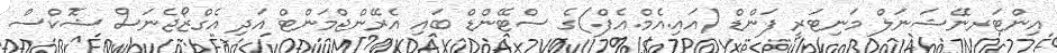
އިންޓަރނޭޝަނަލް މަނިޓަރީ ފަންޑް (އައި.އެމް.އެފް.)ގެ ސްޓޭންޑް ބައި އެރޭންޖްމަންޓް އަދި އެގްޒޯޖެނަސް ޝޮކްސް